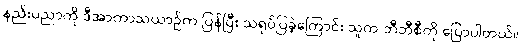
နည်းပညာကို ဒီအာကာသယာဉ်က ပြန်ပြီး သရုပ်ပြခဲ့ကြောင်း သူက ဘီဘီစီကို ပြောပါတယ်။